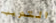
التدريب